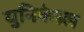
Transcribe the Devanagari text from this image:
युनिकेम्र्ल